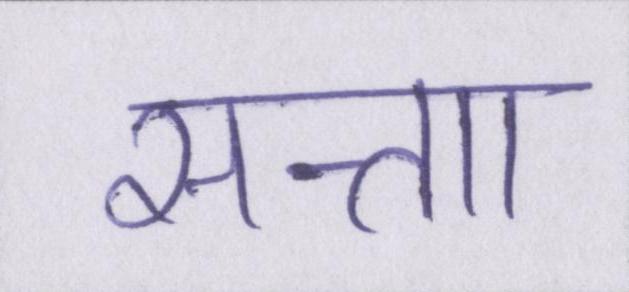
सत्ताा